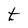
Character: t